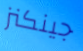
جينكنز